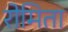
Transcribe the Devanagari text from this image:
रोमिता